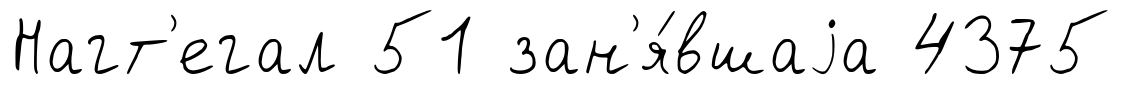
Нагт'егал 51 зан'я́вшаjа 4375